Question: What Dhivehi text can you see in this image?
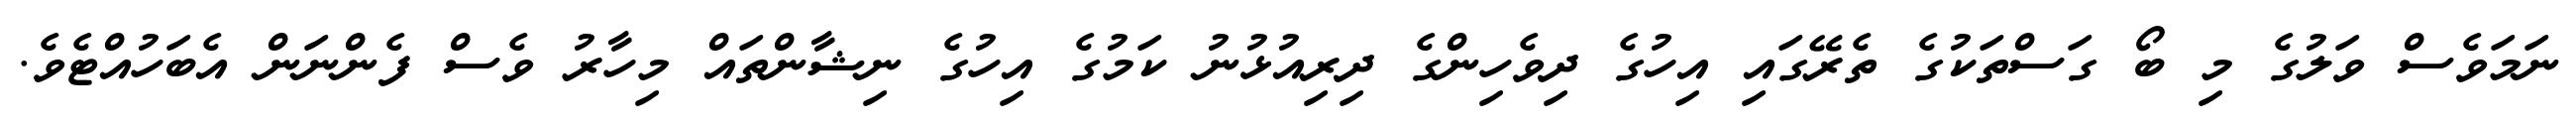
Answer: ނަމަވެސް ވަލުގެ މި ބޯ ގަސްތަކުގެ ތެރޭގައި އިހުގެ ދިވެހިންގެ ދިރިއުޅުނު ކަމުގެ އިހުގެ ނިޝާންތައް މިހާރު ވެސް ފެންނަން އެބަހުއްޓެވެ.